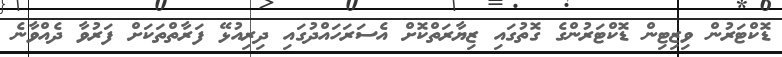
ޑޮކްޓަރުން ވިޒިޓިން ޑޮކްޓަރުންގެ ގޮތުގައި ޒިޔާރަތްކޮށް އެސަރަހައްދުގައި ދިރިއުޅޭ ފަރާތްތަކަށް ފަރުވާ ދެއްވާނެ